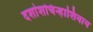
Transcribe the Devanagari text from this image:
दशांशचिन्हाशिवाय